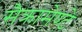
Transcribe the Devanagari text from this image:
सैक्रामेण्टे